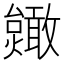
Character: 𫿥